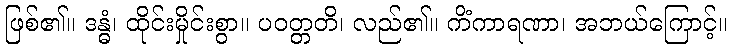
ဖြစ်၏။ ဒန္ဓံ၊ ထိုင်းမှိုင်းစွာ။ ပဝတ္တတိ၊ လည်၏။ ကိံကာရဏာ၊ အဘယ်ကြောင့်။